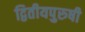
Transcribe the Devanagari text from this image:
द्वितीयपुरुषी